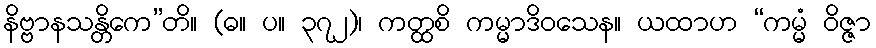
နိဗ္ဗာနသန္တိကေ”တိ။ (ဓ။ ပ။ ၃၇၂)၊ ကတ္ထစိ ကမ္မာဒိဝသေန။ ယထာဟ “ကမ္မံ ဝိဇ္ဇာ